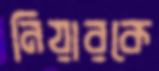
নিয়ারকে